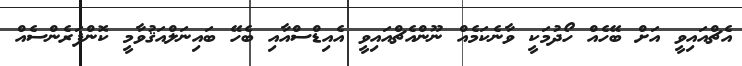
އެޗްއައިވީ އަށް ބޭހެއް ހޯދުމަކީ ވާނެކަމެއް ނޫންއެޗްއައިވީ އެއިޑްސްއާއި ބެހޭ ބައިނަލްއަޤުވާމީ ކޮންފަރެންސެއް